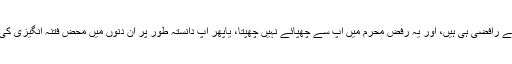
پس ثابت ہوا کہ یا تو سارا سال آپ لوگ سیکولر ازم کی آڑ میں تقیہ بازی کرتے ہیں، اور اندر سے رافضی ہی ہیں، اور یہ رفض محرم میں آپ سے چھپائے نہیں چھپتا، یاپھر آپ دانستہ طور پر ان دنوں میں محض فتنہ انگیزی کی خاطر ان موضوعات پر خامہ فرسائی شروع کرتے ہیں جن سے آپ کو دور کا بھی علاقہ نہیں۔